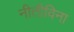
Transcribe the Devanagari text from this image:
नीतीविना